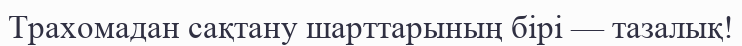
Трахомадан сақтану шарттарының бірі — тазалық!